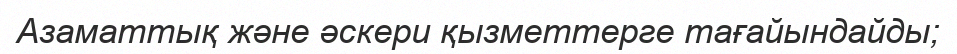
Азаматтық және әскери қызметтерге тағайындайды;